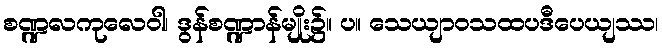
စဏ္ဍလကုလေဝါ၊ ဒွန်စဏ္ဍာန်မျိုး၌။ ပ။ သေယျာဝသထပဒီပေယျဿ၊